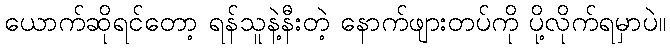
ယောက်ဆိုရင်တော့ ရန်သူနဲ့နီးတဲ့ နောက်ဖျားတပ်ကို ပို့လိုက်ရမှာပဲ။